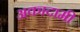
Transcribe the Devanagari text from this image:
अकादामी